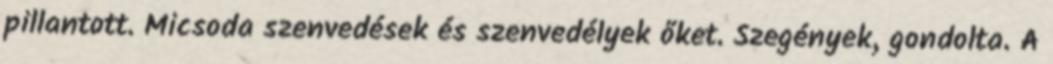
pillantott. Micsoda szenvedések és szenvedélyek őket. Szegények, gondolta. A